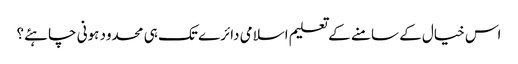
اس خیال کے سامنے کے تعلیم اسلامی دائرے تک ہی محدود ہونی چاہئے؟